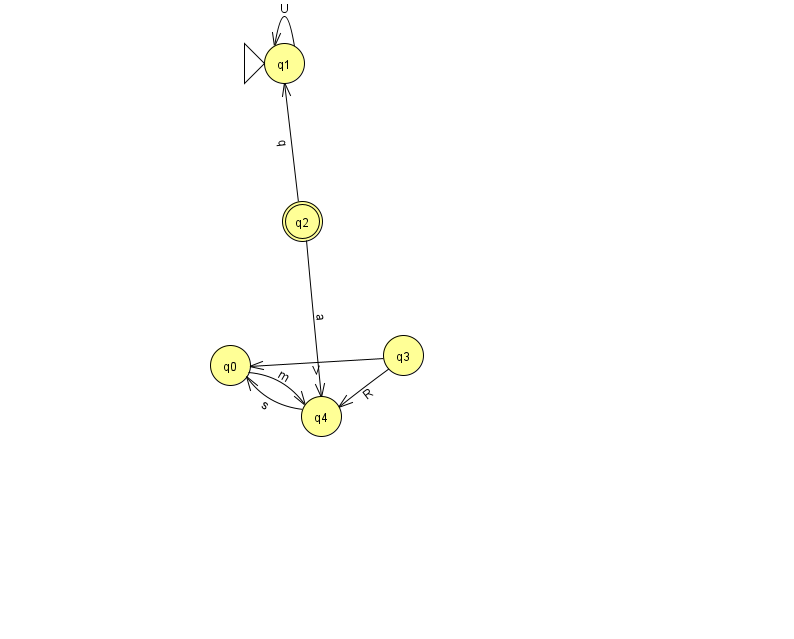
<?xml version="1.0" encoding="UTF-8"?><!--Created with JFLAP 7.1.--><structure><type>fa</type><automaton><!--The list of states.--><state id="0" name="q0"><x>230.0</x><y>352.0</y></state><state id="1" name="q1"><x>284.0</x><y>50.0</y><initial/></state><state id="2" name="q2"><x>302.0</x><y>208.0</y><final/></state><state id="3" name="q3"><x>403.0</x><y>342.0</y></state><state id="4" name="q4"><x>321.0</x><y>403.0</y></state><!--The list of transitions.--><transition><from>3</from><to>0</to><read>V</read></transition><transition><from>1</from><to>1</to><read>U</read></transition><transition><from>2</from><to>1</to><read>q</read></transition><transition><from>0</from><to>4</to><read>m</read></transition><transition><from>4</from><to>0</to><read>s</read></transition><transition><from>2</from><to>4</to><read>a</read></transition><transition><from>3</from><to>4</to><read>R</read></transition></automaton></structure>